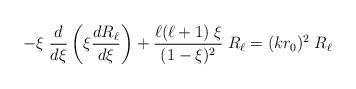
LaTeX: \begin{align*}- \xi\; {d\over d\xi} \left( \xi {dR_\ell\over d\xi} \right) + {\ell(\ell+1)\; \xi\over (1-\xi)^2}\; R_\ell = (k r_0)^2\; R_\ell\end{align*}